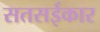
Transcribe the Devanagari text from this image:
सतसईकार